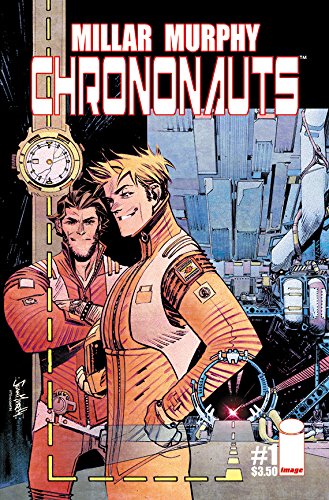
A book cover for Chrononauts (Chrononauts Tp); Mark Millar; Comics & Graphic Novels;